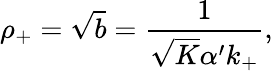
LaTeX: \rho_{+}=\sqrt{b}=\frac{1}{\sqrt{K}\alpha^{\prime}k_{+}},